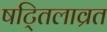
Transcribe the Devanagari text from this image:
षट्तिलाव्रत